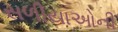
સળીયાઓની